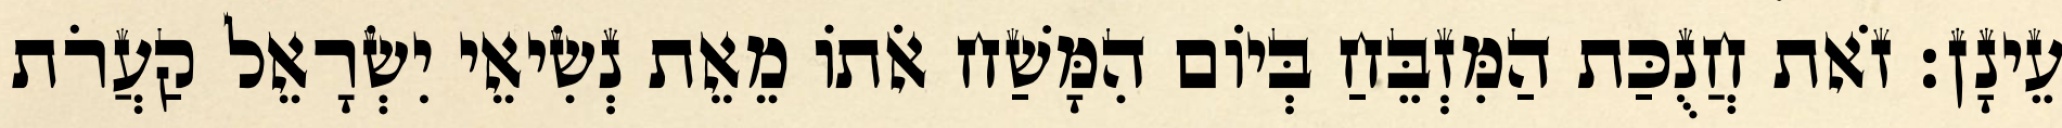
עֵינָן׃ זֹאת חֲנֻכַּת הַמִּזְבֵּחַ בְּיוֹם הִמָּשַׁח אֹתוֹ מֵאֵת נְשִׂיאֵי יִשְׂרָאֵל קַעֲרֹת